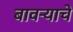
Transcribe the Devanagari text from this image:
बावऱ्याचे